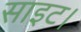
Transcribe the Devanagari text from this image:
साइट।